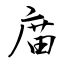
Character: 庿